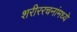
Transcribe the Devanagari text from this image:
शरीररचनांमध्ये